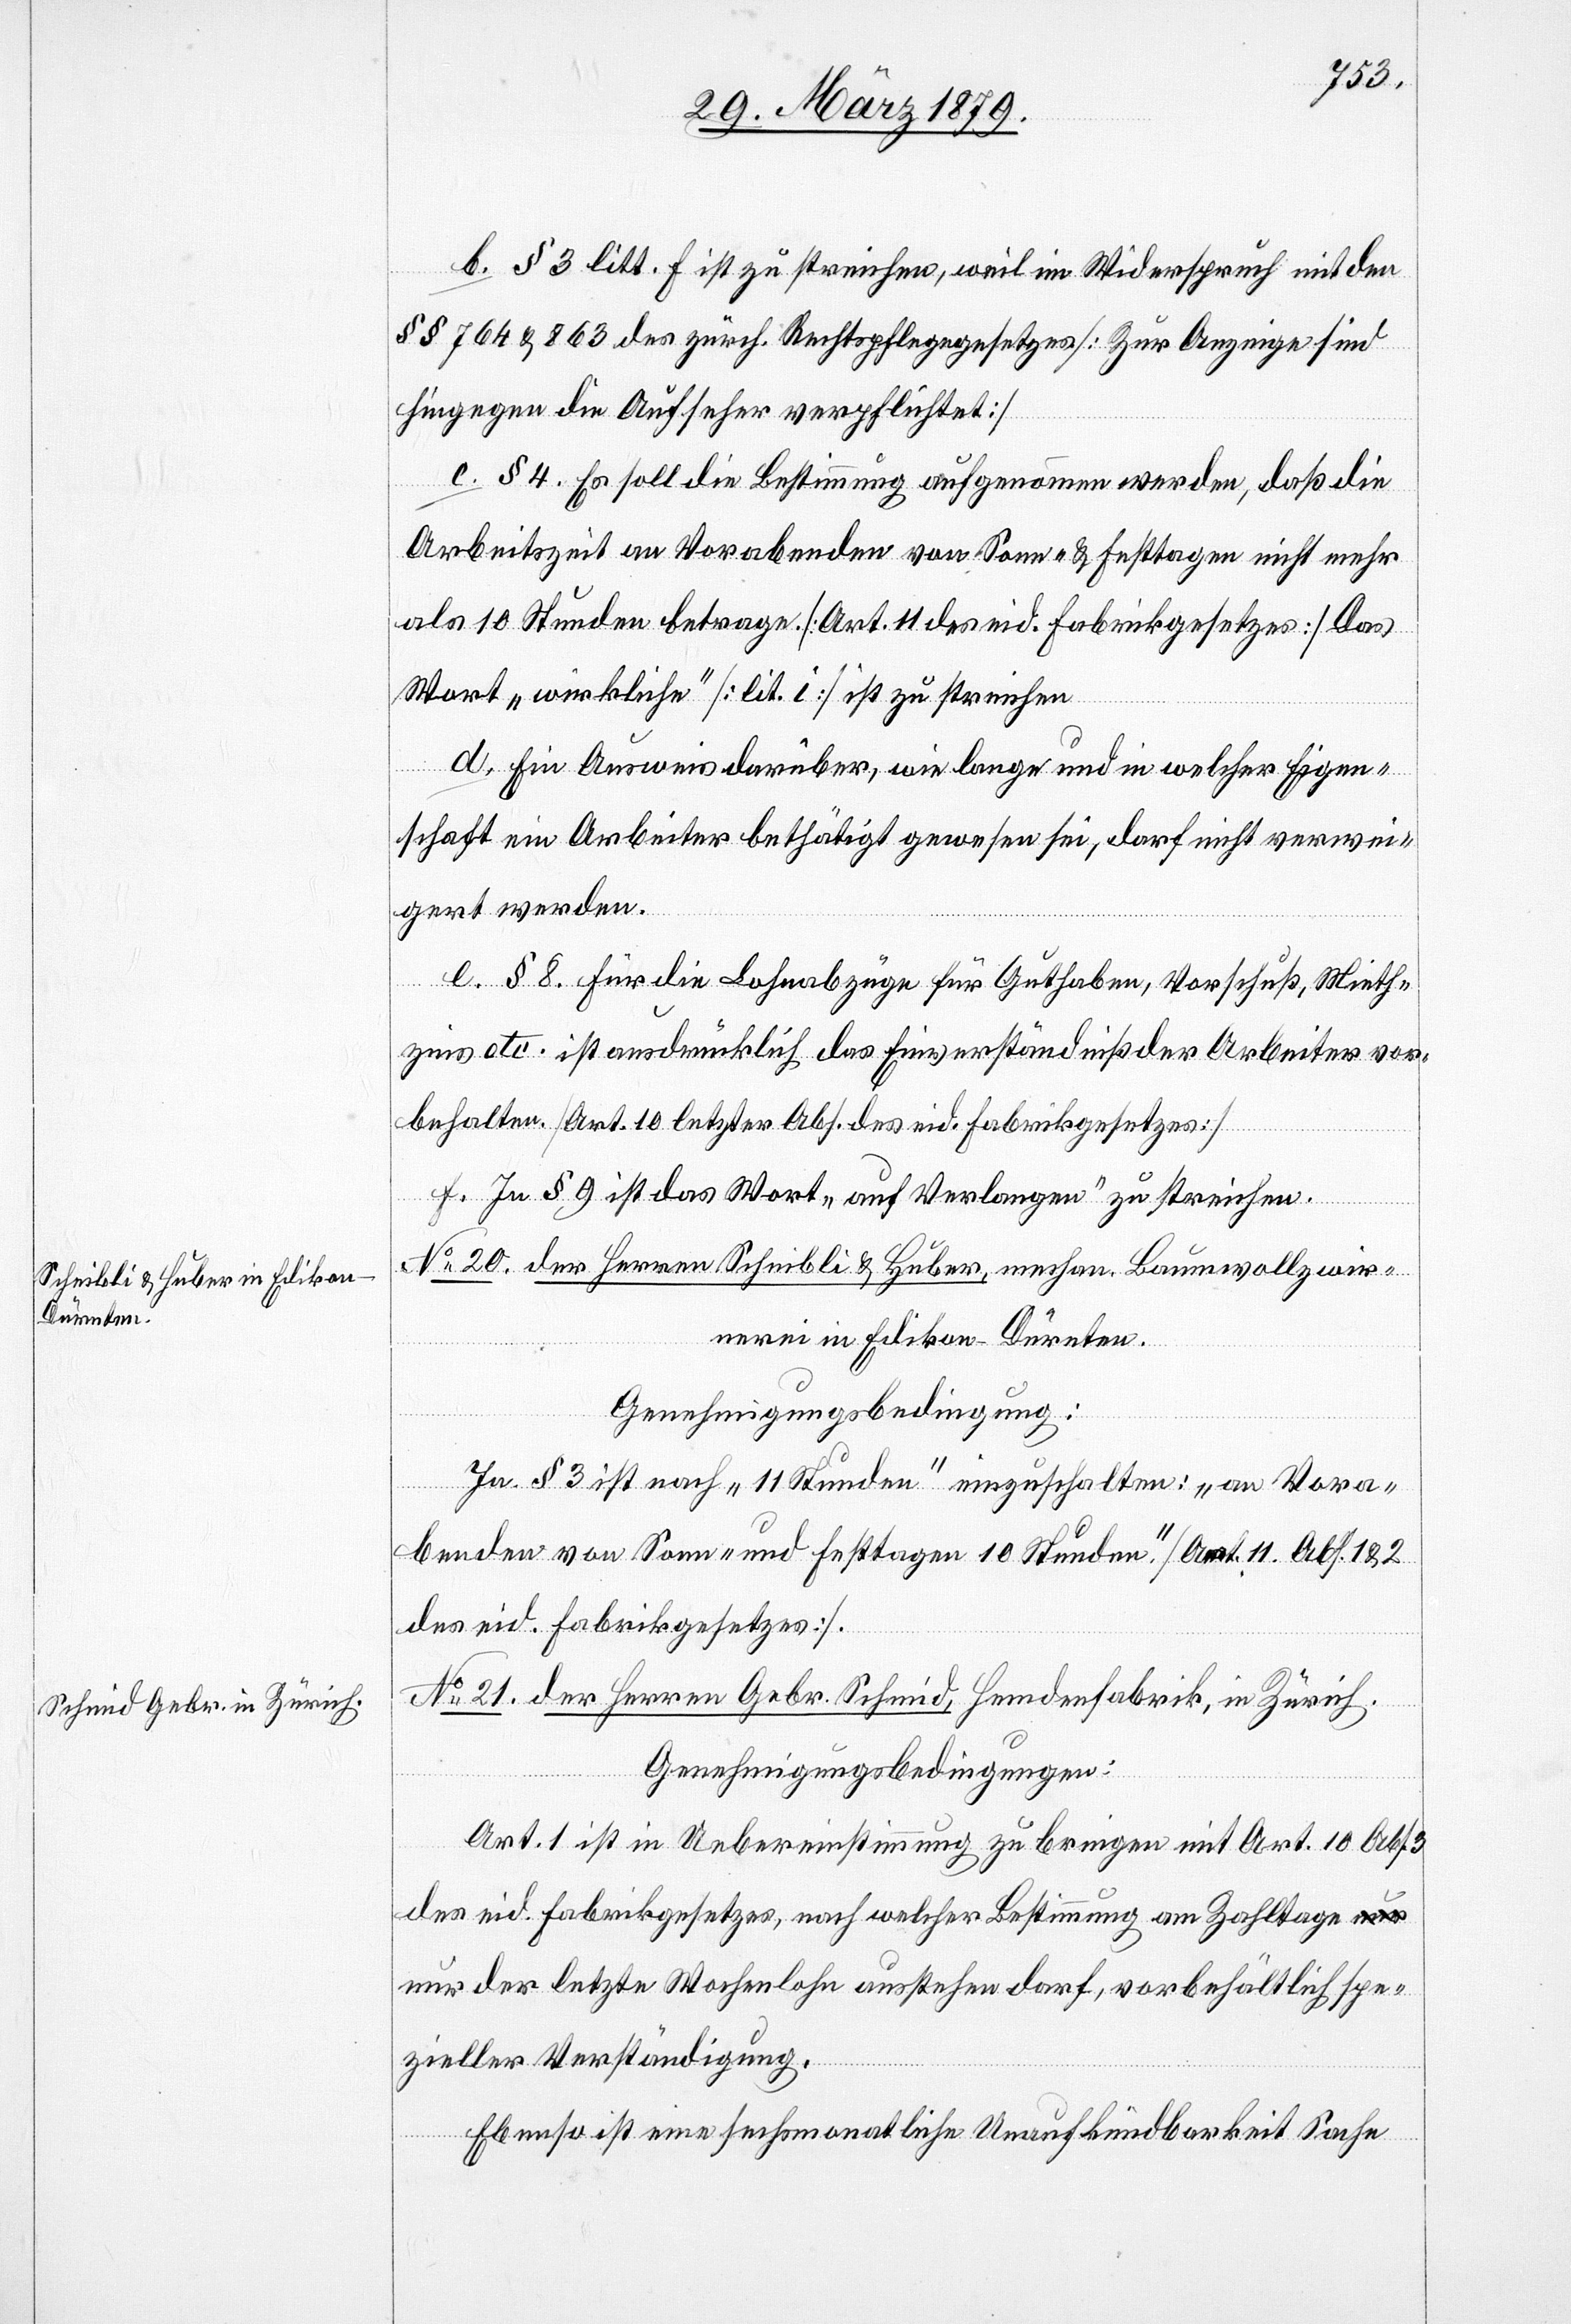
No 20. der Herren Scheibli & Huber, mechan. Baumwollzwir¬
nerei in Edikon - Dürnten.
Genehmigungsbedingung:
In § 3 ist nach „11 Stunden“ einzuschalten: „an Vora¬
benden von Sonn- und Festtagen 10 Stunden“. [Art. 11 Abs. 1 & 2
des eid. Fabrikgesetzes].
No 21. der Herren Gebr. Schmid, Hemdenfabrik, in Zürich.
Genehmigungsbedingungen:
Art. 1 ist in Uebereinstimmung zu bringen mit Art. 10 Abs.
des eid. Fabrikgesetzes, nach welcher Bestimmung am Zahltage n¬
ur der letzte Wochenlohn ausstehen darf, vorbehältlich spe¬
zieller Verständigung.
Ebenso ist eine sechsmonatliche Unaufkündbarkeit Sache